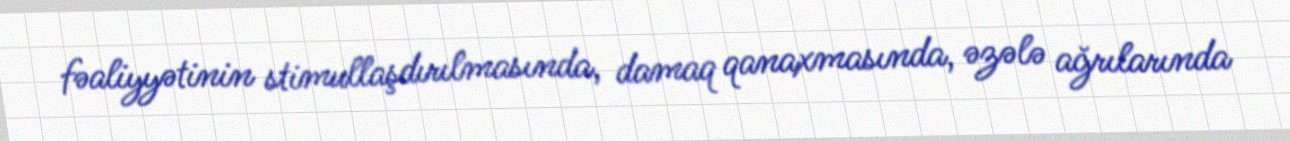
fəaliyyətinin stimullaşdırılmasında, damaq qanaxmasında, əzələ ağrılarında